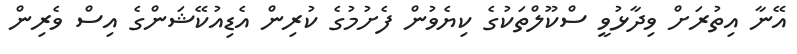
އޭނާ އިތުރަށް ވިދާޅުވީ ސްކޫލްތަކުގެ ކިޔެވުން ފެށުމުގެ ކުރިން އެޑިއުކޭޝަންގެ އިސް ވެރިން